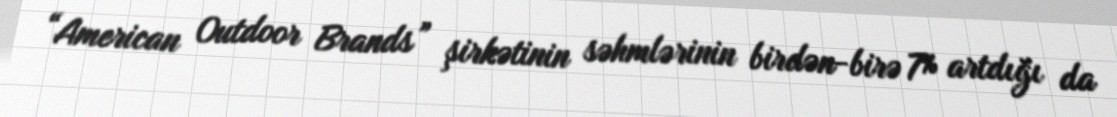
“American Outdoor Brands” şirkətinin səhmlərinin birdən-birə 7% artdığı da